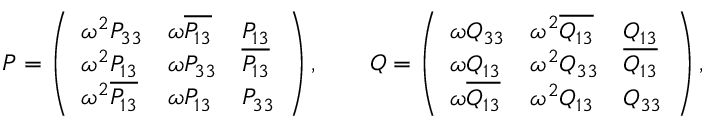
\begin{array} { r l } & { P = \left( \begin{array} { l l l } { \omega ^ { 2 } P _ { 3 3 } } & { \omega \overline { { P _ { 1 3 } } } } & { P _ { 1 3 } } \\ { \omega ^ { 2 } P _ { 1 3 } } & { \omega P _ { 3 3 } } & { \overline { { P _ { 1 3 } } } } \\ { \omega ^ { 2 } \overline { { P _ { 1 3 } } } } & { \omega P _ { 1 3 } } & { P _ { 3 3 } } \end{array} \right) , \qquad Q = \left( \begin{array} { l l l } { \omega Q _ { 3 3 } } & { \omega ^ { 2 } \overline { { Q _ { 1 3 } } } } & { Q _ { 1 3 } } \\ { \omega Q _ { 1 3 } } & { \omega ^ { 2 } Q _ { 3 3 } } & { \overline { { Q _ { 1 3 } } } } \\ { \omega \overline { { Q _ { 1 3 } } } } & { \omega ^ { 2 } Q _ { 1 3 } } & { Q _ { 3 3 } } \end{array} \right) , } \end{array}